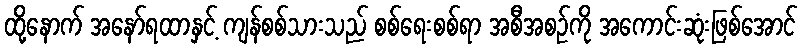
ထို့နောက် အနော်ရထာနှင့် ကျန်စစ်သားသည် စစ်ရေးစစ်ရာ အစီအစဉ်ကို အကောင်းဆုံးဖြစ်အောင်